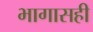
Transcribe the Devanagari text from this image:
भागासही